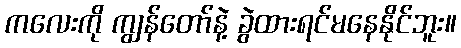
ကလေးကို ကျွန်တော်နဲ့ ခွဲထားရင်မနေနိုင်ဘူး။